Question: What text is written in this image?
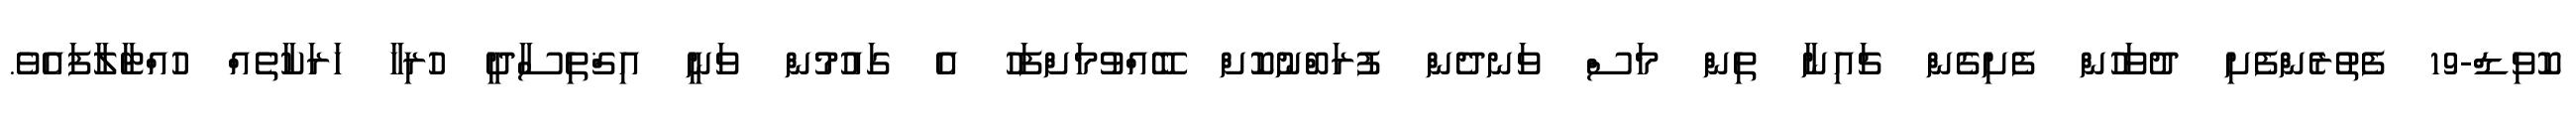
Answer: ކޮވިޑް-19 ފެތުރެންފެށި ދުވަހުން ފެށިގެން ޗައިނާ ތިން މަސް ވަނދެން ފުރަބްނުކޮށް ބޭއްވުމަށްފަހު އެ ގައުމުން ވަނީ އިޤްތިސާދީ ހުރިހާ ހަރަކާތެއް ހުއްޓާލާފައެވެ.